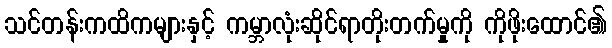
သင်တန်းကထိကများနှင့် ကမ္ဘာလုံးဆိုင်ရာတိုးတက်မှုကို ကိုဖိုးထောင်၏